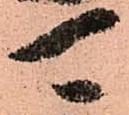
可